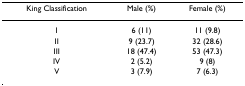
<table><thead><tr><td><b>King Classification</b></td><td><b>Male (%)</b></td><td><b>Female (%)</b></td></tr></thead><tbody><tr><td>I</td><td>6 (11)</td><td>11 (9.8)</td></tr><tr><td>II</td><td>9 (23.7)</td><td>32 (28.6)</td></tr><tr><td>III</td><td>18 (47.4)</td><td>53 (47.3)</td></tr><tr><td>IV</td><td>2 (5.2)</td><td>9 (8)</td></tr><tr><td>V</td><td>3 (7.9)</td><td>7 (6.3)</td></tr></tbody></table>